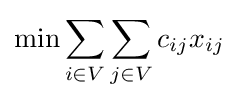
{\text{min}}\sum _{i\in V}\sum _{j\in V}c_{ij}x_{ij}